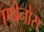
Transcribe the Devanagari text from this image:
एथेनोस